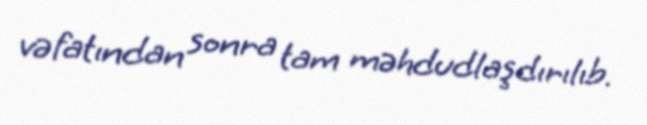
vəfatından sonra tam məhdudlaşdırılıb.